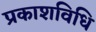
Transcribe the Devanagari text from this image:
प्रकाशविधि